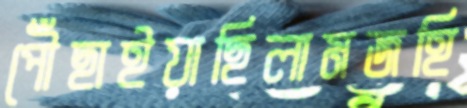
পৌঁছাইয়াছিলামজহি